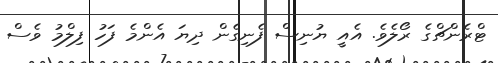
ޓްރެންޗްގެ ރޯލެވެ. އެއީ ޔުނިސް ފެނިގެން ދިޔަ އެންމެ ފަހު ފިލްމު ވެސް